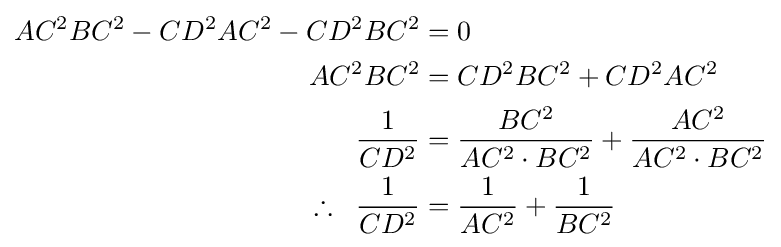
{\begin{aligned}AC^{2}BC^{2}-CD^{2}AC^{2}-CD^{2}BC^{2}&=0\\AC^{2}BC^{2}&=CD^{2}BC^{2}+CD^{2}AC^{2}\\{\frac {1}{CD^{2}}}&={\frac {BC^{2}}{AC^{2}\cdot BC^{2}}}+{\frac {AC^{2}}{AC^{2}\cdot BC^{2}}}\\\therefore \;\;{\frac {1}{CD^{2}}}&={\frac {1}{AC^{2}}}+{\frac {1}{BC^{2}}}\end{aligned}}